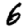
Digit: 6